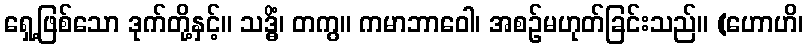
ရှေ့ဖြစ်သော ဒုက်တို့နှင့်။ သဒ္ဓိံ၊ တကွ။ ကမာဘာဝေါ၊ အစဉ်မဟုတ်ခြင်းသည်။ (ဟောဟိ၊